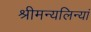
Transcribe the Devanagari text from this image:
श्रीमन्यलिन्यां